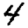
Digit: 4